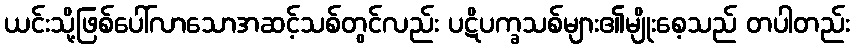
ယင်းသို့ဖြစ်ပေါ်လာသောအဆင့်သစ်တွင်လည်း ပဋိပက္ခသစ်များ၏မျိုးစေ့သည် တပါတည်း